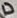
Text: D